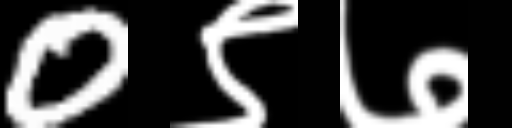
Text: 0९७